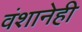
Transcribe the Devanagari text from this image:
वंशानेही